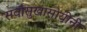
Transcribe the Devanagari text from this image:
सर्वासुखासोयीनी